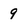
Character: 9